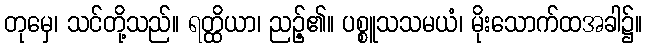
တုမှေ၊ သင်တို့သည်။ ရတ္ထိယာ၊ ညဉ့်၏။ ပစ္စူသသမယံ၊ မိုးသောက်ထအခါ၌။